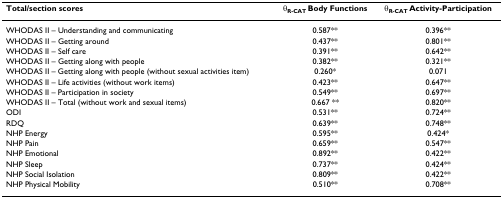
| Total/section scores | θR-CAT Body Functions | θR-CAT Activity-Participation |
 | --- | --- | --- |
 | WHODAS II – Understanding and communicating | 0.587** | 0.396** |
 | WHODAS II – Getting around | 0.437** | 0.801** |
 | WHODAS II – Self care | 0.391** | 0.642** |
 | WHODAS II – Getting along with people | 0.382** | 0.321** |
 | WHODAS II – Getting along with people (without sexual activities item) | 0.260* | 0.071 |
 | WHODAS II – Life activities (without work items) | 0.423** | 0.647** |
 | WHODAS II – Participation in society | 0.549** | 0.697** |
 | WHODAS II – Total (without work and sexual items) | 0.667 ** | 0.820** |
 | ODI | 0.531** | 0.724** |
 | RDQ | 0.639** | 0.748** |
 | NHP Energy | 0.595** | 0.424* |
 | NHP Pain | 0.659** | 0.547** |
 | NHP Emotional | 0.892** | 0.422** |
 | NHP Sleep | 0.737** | 0.424** |
 | NHP Social Isolation | 0.809** | 0.422** |
 | NHP Physical Mobility | 0.510** | 0.708** |